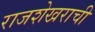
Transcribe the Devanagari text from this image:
राजशेखराची